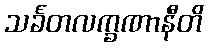
သင်္ခတလက္ခဏာနီတိ